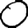
Digit: 0